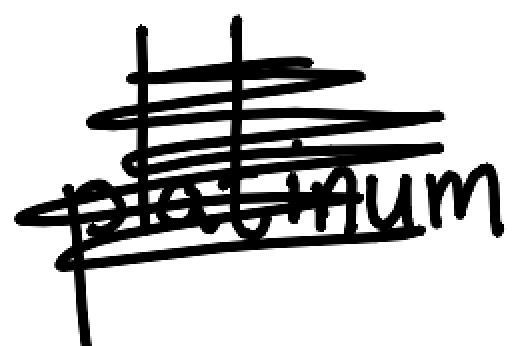
Text: platinum
Cross-out: scratch
Writing tool: digital_black